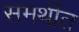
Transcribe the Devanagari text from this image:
समर्थीत